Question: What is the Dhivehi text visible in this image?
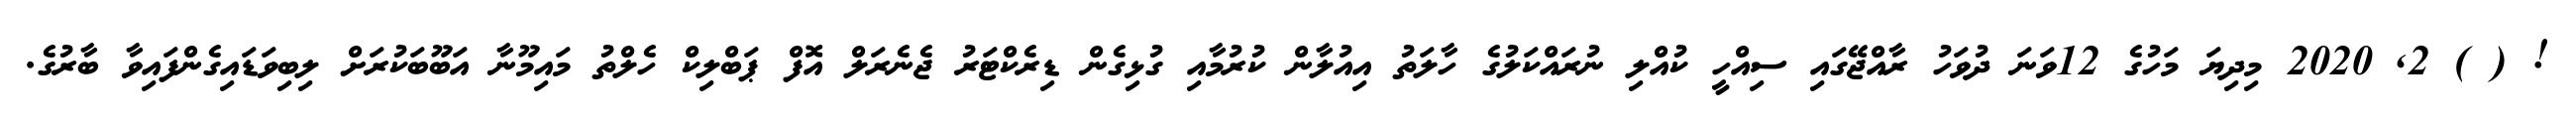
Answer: ! ( ) 2, 2020 މިދިޔަ މަހުގެ 12ވަނަ ދުވަހު ރާއްޖޭގައި ސިއްހީ ކުއްލި ނުރައްކަލުގެ ހާލަތު އިއުލާން ކުރުމާއި ގުޅިގެން ޑިރެކްޓަރު ޖެނެރަލް އޮފް ޕަބްލިކް ހެލްތު މައިމޫނާ އަބޫބަކުރަށް ލިބިވަޑައިގެންފައިވާ ބާރުގެ.